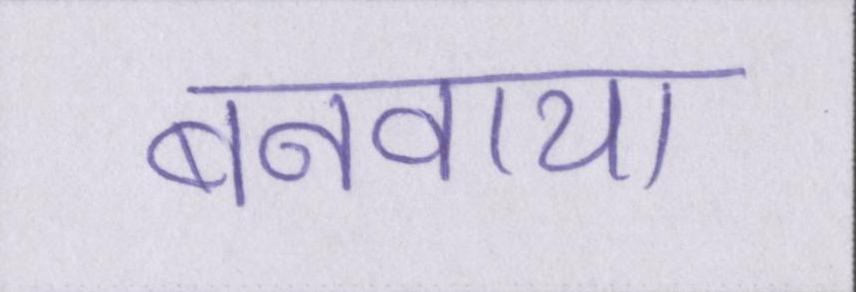
बनवाया